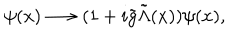
LaTeX: \psi ( x ) \longrightarrow ( 1 + i { \tilde { g } } { \tilde { \Lambda } } ( x ) ) \psi ( x ) ,